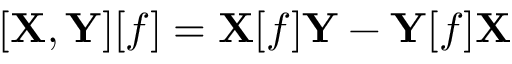
[ \mathbf { X } , \mathbf { Y } ] [ f ] = \mathbf { X } [ f ] \mathbf { Y } - \mathbf { Y } [ f ] \mathbf { X }